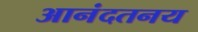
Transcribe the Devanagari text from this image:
आनंदतनय